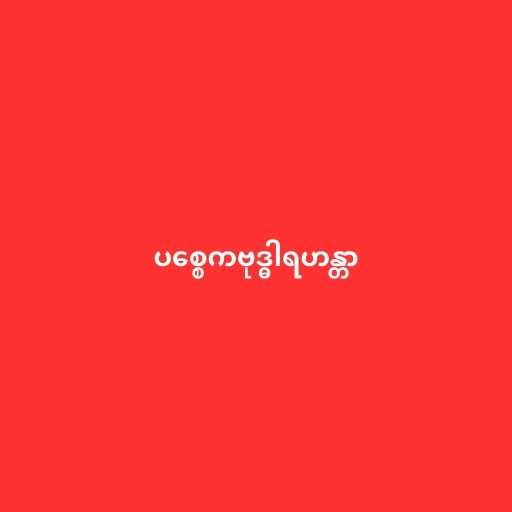
ပစ္စေကဗုဒ္ဓါရဟန္တာ